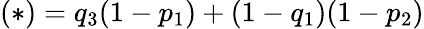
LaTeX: (\ast)=q_{3}(1-p_{1})+(1-q_{1})(1-p_{2})